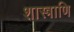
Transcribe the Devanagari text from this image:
शास्त्राणि